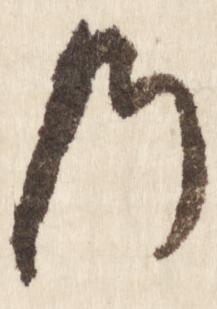
の